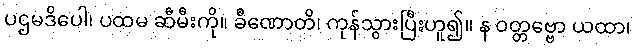
ပဌမဒိပေါ၊ ပထမ ဆီမီးကို။ ခီဏောတိ၊ ကုန်သွားပြီးဟူ၍။ န ဝတ္တဗ္ဗော ယထာ၊